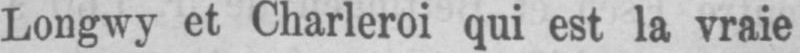
Longwy et Charleroi qui est la vraie